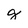
Character: t